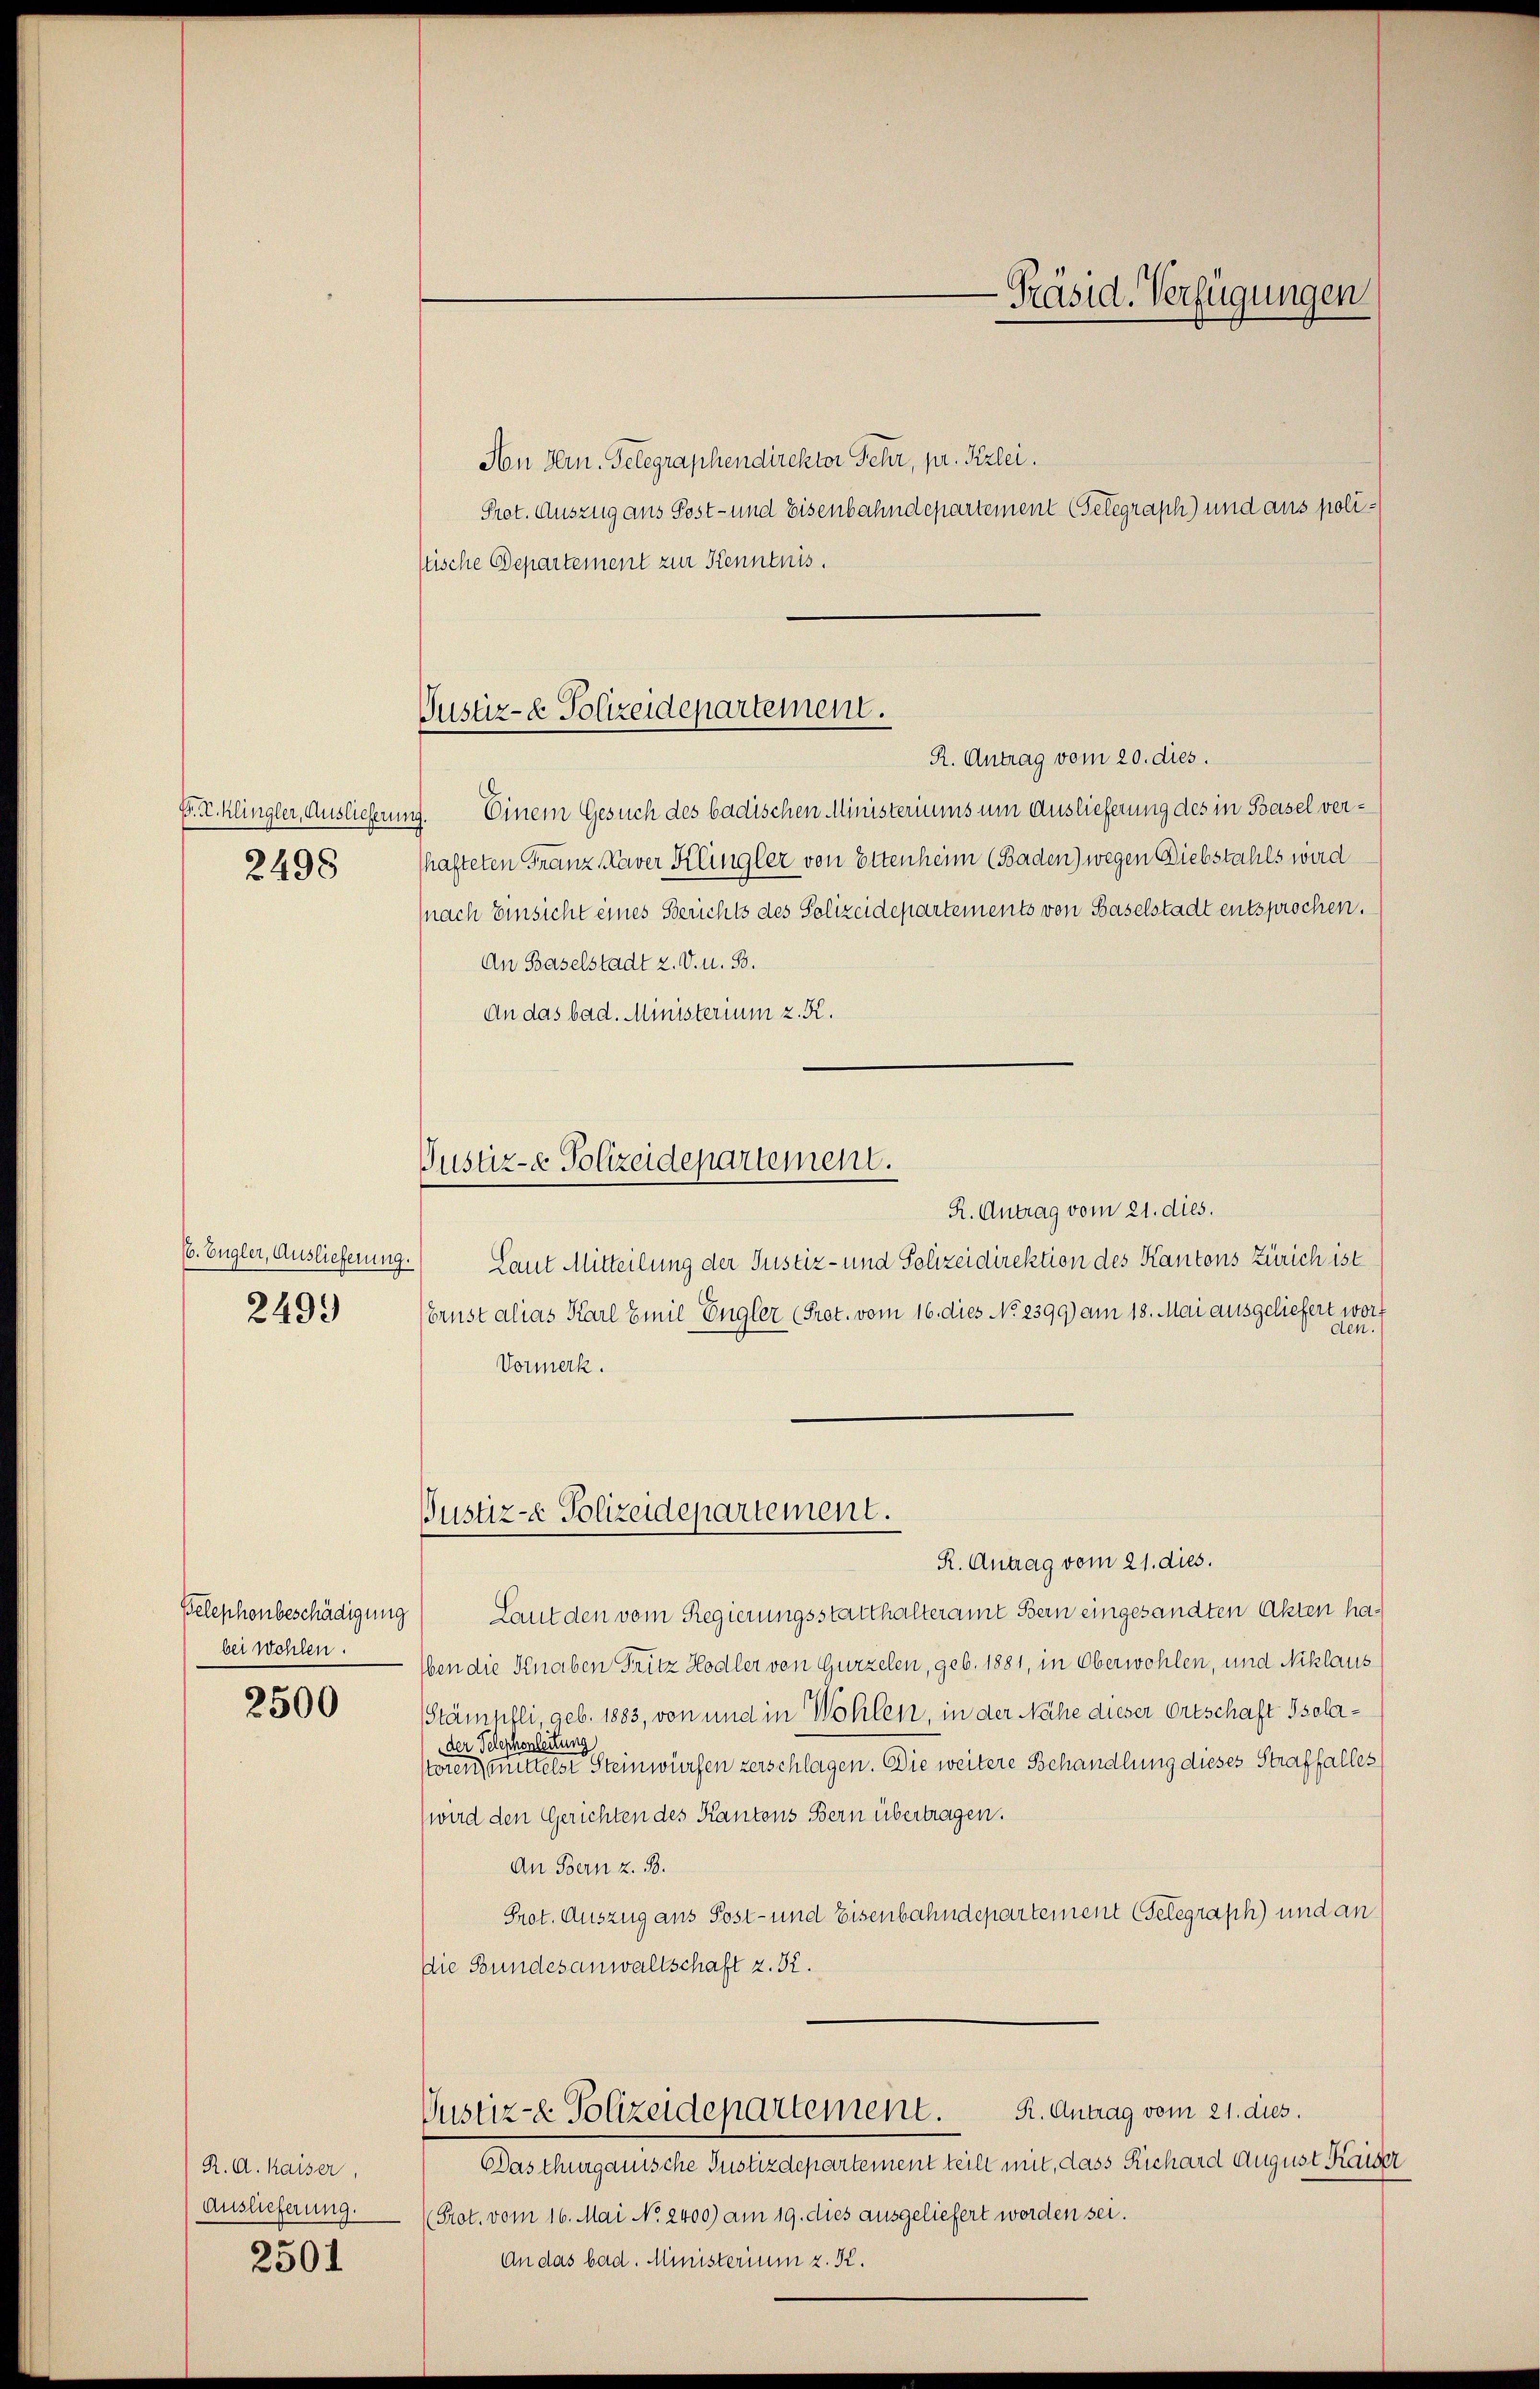
P. K. klingler, Auslieferun
2498

66. Eugler, Auslieferung.
2493

bei Wohlen.
2500

R. d. Kaiser,
Auslieferung.
2501

Justiz- & Polizeidepartement.

Non Hrn. Telegraphendirektor Fehr, pr. Kzlei.
Prot. Auszug aus Post- und Eisenbahndepartement (Telegraph) und aus polistische Departement zur Kenntnis.
R. Antrag vom 20. dies.
ng. Einem Gesuch des badischen Ministeriums um Auslieferung des in Basel verhafteten Franz Kaver Klingler von Ettenheim (Baden) wegen Diebstahls wird
(nach Einsicht eines Berichts des Polizeidepartements von Baselstadt entsprochen.
An Baselstadt z. V. u. 53.
An das bad. Ministerium z. K.
R. Antrag vom 21. dies.
Laut Mitteilung der Justiz- und Polizeidirektion des Kantons Zürich ist
brust alias Karl Emil Engler (Pret. vom 16. dies No. 2399) am 18. Mai ausgeliefert worden.
Vormerk.
Pustiz- & Polizeidepartement.
R. Antrag vom 21. dies.
Belephonbeschädigung) Laut den vom Regierungsstatthalteramt Bern eingesandten Akten ha¬
Eben die Knaben Fritz Hodler von Gurzelen, geb. 1881, in Oberwohlen, und Niklaus
Stämpfli, geb. 1883, von und in Wohlen, in der Nähe dieser Ortschaft Isolader Telephonleitung
stören, mittelst Steinwürfen verschlagen. Die weitere Behandlung dieses Straffalles
wird den Gerichten des Kantons Bern übertragen.
An Bern z. B.
Prot. Auszug aus Post- und Eisenbahndepartement Gelegraph) und an
Die Bundesanwaltschaft z. 52.
R. Antrag vom 21. dies.
Justiz- & Polizeidepartement.
Das thurgauische Justizdepartement teilt mit, dass Richard August Kaiser
(Prot. vom 16. Mai No. 2400) am 19. dies ausgeliefert worden sei.
An das bad. Ministerium z. K.

Justiz- & Polizeidepartement.

-Präsid. Verfügungen